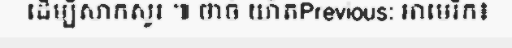
ដើម្បីសាកសួរ ៕ ថាច់ យ៉ាតPrevious: អាមេរិក៖